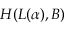
{ \cal H } ( L ( \alpha ) , B )